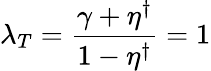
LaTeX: \lambda_{T}=\frac{\gamma+\eta^{\dagger}}{1-\eta^{\dagger}}=1